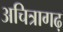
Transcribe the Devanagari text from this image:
अचित्रागढ़